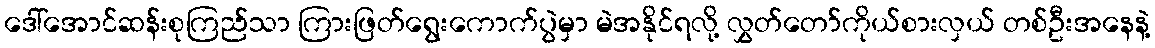
ဒေါ်အောင်ဆန်းစုကြည်သာ ကြားဖြတ်ရွေးကောက်ပွဲမှာ မဲအနိုင်ရလို့ လွှတ်တော်ကိုယ်စားလှယ် တစ်ဦးအနေနဲ့